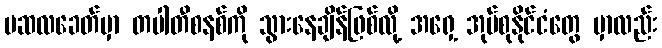
မဆလခေတ်မှာ တပါတီစနစ်ကို သွားနေချိန်ဖြစ်လို့ အရှေ့ အုပ်စုနိုင်ငံတွေ မှာလည်း